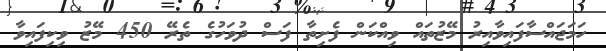
ހަމަޖައްސާފައިވާއިރު މޭޒުތައް ވިއްކަން ފެށިތާ ފަސް ދުވަހުގެ ތެރޭ 450 މޭޒު ވިކިފައިވާ